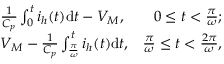
\begin{array} { r l r } & { \frac { 1 } { C _ { p } } \int _ { 0 } ^ { t } i _ { h } ( t ) \mathrm { d } t - { V _ { M } } , } & { 0 \le t < \frac { \pi } { \omega } ; } \\ & { { V _ { M } } - \frac { 1 } { C _ { p } } \int _ { \frac { \pi } { \omega } } ^ { t } i _ { h } ( t ) \mathrm { d } t , } & { \frac { \pi } { \omega } \le t < \frac { 2 \pi } { \omega } , } \end{array}